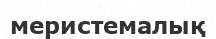
меристемалық